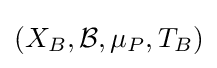
\left(X_{B},{\mathcal {B}},\mu _{P},T_{B}\right)